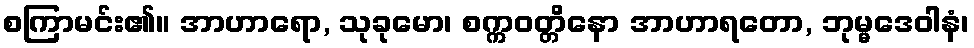
စကြာမင်း၏။ အာဟာရော, သုခုမော၊ စက္ကဝတ္တိနော အာဟာရတော, ဘုမ္မဒေဝါနံ၊